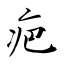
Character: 疤